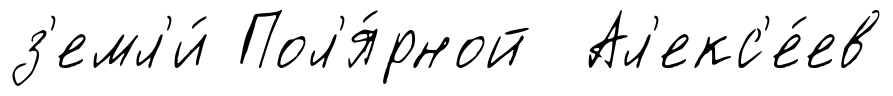
з'емл'и́ Пол'я́рной Ал'екс'е́ев